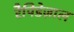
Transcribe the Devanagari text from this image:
रैपिडेज़ाल